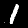
Label: 1